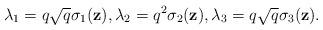
LaTeX: \begin{align*}\lambda_1=q\sqrt{q}\sigma_1(\textbf{z}),\lambda_2=q^2\sigma_2(\textbf{z}),\lambda_3=q\sqrt{q}\sigma_3(\textbf{z}).\end{align*}